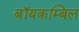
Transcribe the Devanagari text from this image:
बॉयकम्बिल